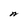
Character: A